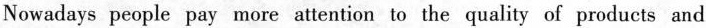
Nowadays people pay more attention to the quality of products and